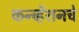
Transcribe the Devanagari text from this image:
कन्व्हेंशनचे